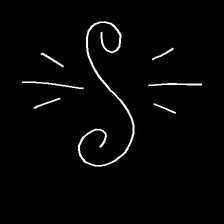
Glyph: wind-directs-air